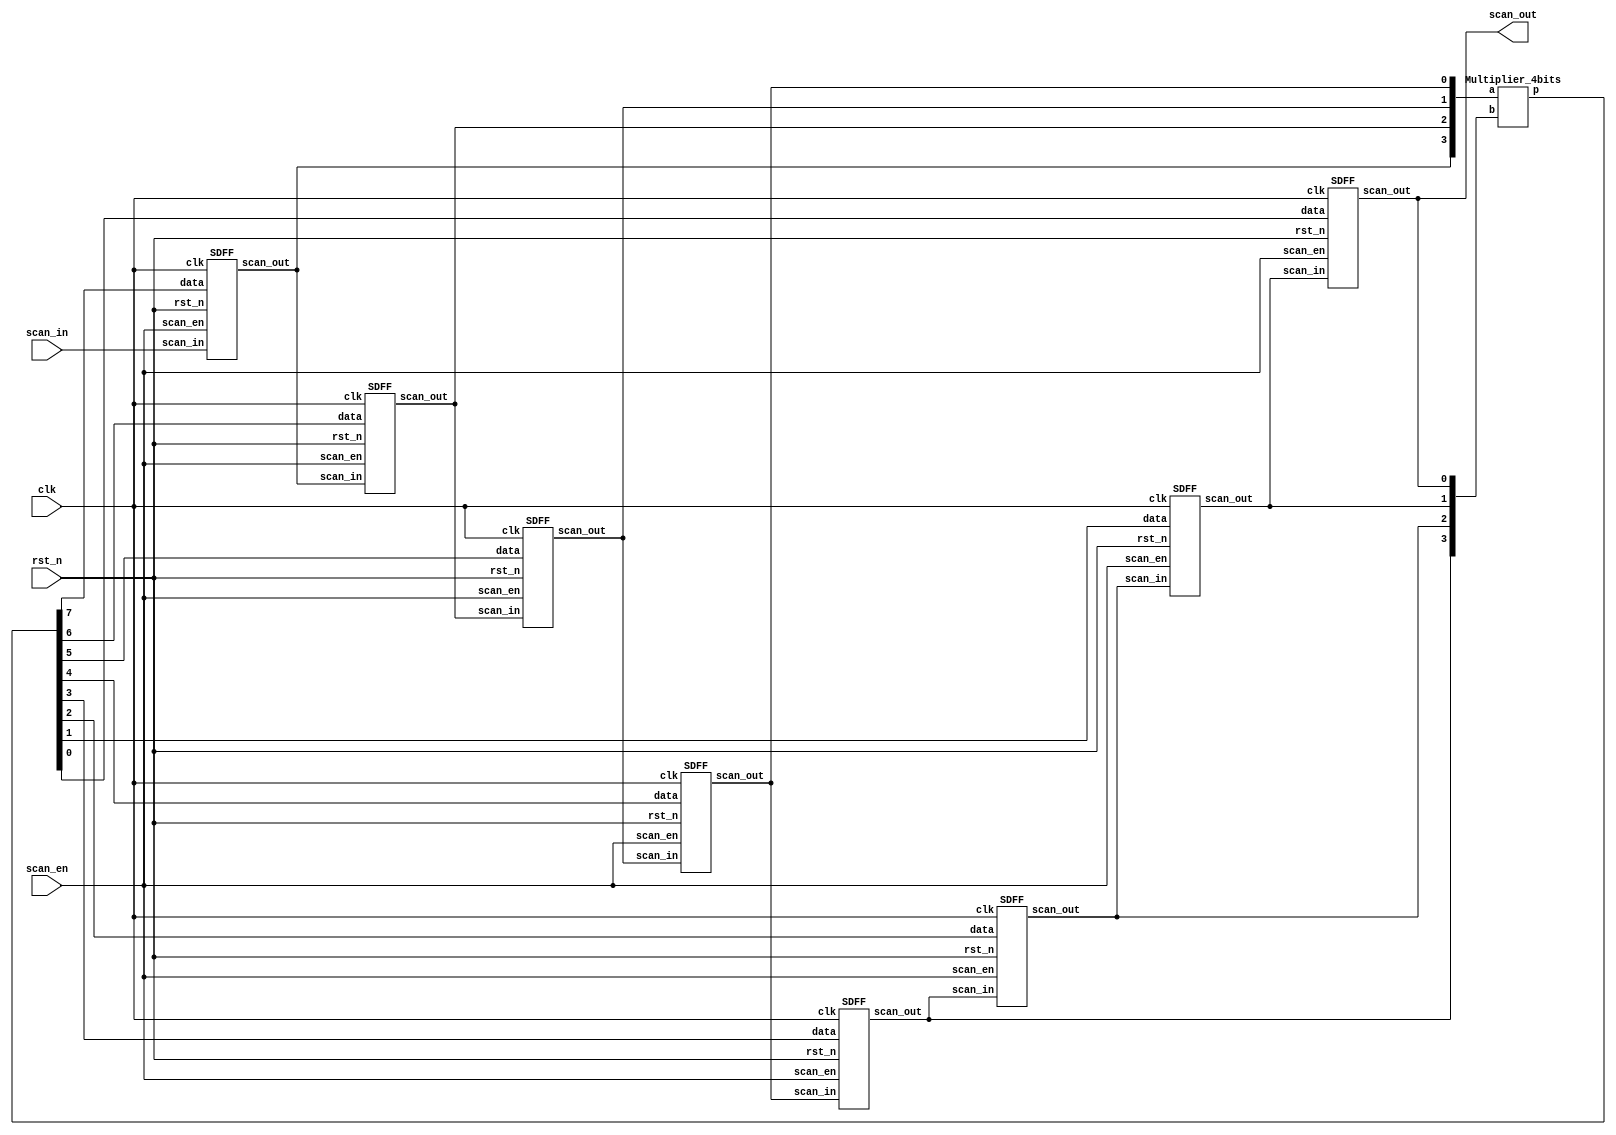
`timescale 1ns/1ps

module Scan_Chain_Design(clk, rst_n, scan_in, scan_en, scan_out);
    input clk;
    input rst_n;
    input scan_in;
    input scan_en;
    output scan_out;
    
    wire [7:0] p;
    wire [3:0] a, b;
    
    wire [7:0] SDFF_out;
    
    assign scan_out = SDFF_out[7];
    
    Multiplier_4bits multiplier_4bits (
        .p(p),
        .b({SDFF_out[4],
            SDFF_out[5],
            SDFF_out[6],
            SDFF_out[7]}),
        .a({SDFF_out[0],
            SDFF_out[1],
            SDFF_out[2],
            SDFF_out[3]})
    );
    
    SDFF scan_DFF [7:0] (
        .clk({8{clk}}), 
        .rst_n({8{rst_n}}), 
        .scan_en({8{scan_en}}), 
        .scan_in({SDFF_out[6], 
                  SDFF_out[5], 
                  SDFF_out[4], 
                  SDFF_out[3], 
                  SDFF_out[2], 
                  SDFF_out[1], 
                  SDFF_out[0], 
                  scan_in}), 
        .data({p[0],
               p[1],
               p[2],
               p[3],
               p[4],
               p[5],
               p[6],
               p[7]}), 
        .scan_out({SDFF_out[7],
                   SDFF_out[6], 
                   SDFF_out[5], 
                   SDFF_out[4], 
                   SDFF_out[3], 
                   SDFF_out[2], 
                   SDFF_out[1], 
                   SDFF_out[0]})
    );
    
endmodule


module Multiplier_4bits (p, a, b);
    input [3:0] a, b;
    output [7:0] p;
    
    assign p = a * b;
endmodule


module SDFF (clk, rst_n, scan_en, scan_in, data, scan_out);
    input clk;
    input rst_n;
    input scan_in;
    input scan_en;
    input data;
    output reg scan_out;
    
    reg next_out;
    
    always @(posedge clk) begin
        if(rst_n) begin
            scan_out <= next_out;
        end else begin
            scan_out <= 1'b0;
        end
    end
    
    always @(*) begin
        if(scan_en) begin
            next_out = scan_in;
        end else begin
            next_out = data;
        end
    end
    
endmodule